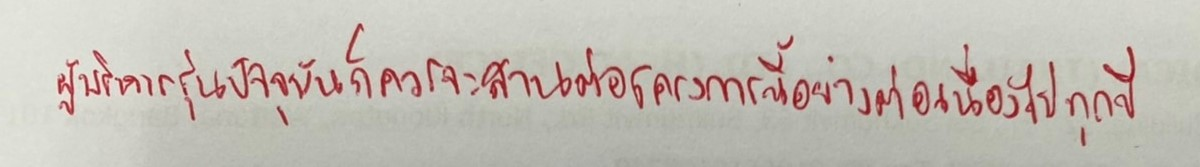
ผู้บริหารรุ่นปัจจุบันก็ควรจะสานต่อโครงการนี้อย่างต่อเนื่องไปทุกปี